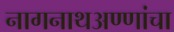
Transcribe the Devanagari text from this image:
नागनाथअण्णांचा